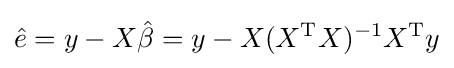
{\hat {e}}=y-X{\hat {\beta }}=y-X(X^{\operatorname {T} }X)^{-1}X^{\operatorname {T} }y